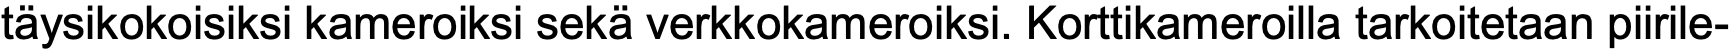
täysikokoisiksi kameroiksi sekä verkkokameroiksi. Korttikameroilla tarkoitetaan piirile-